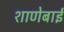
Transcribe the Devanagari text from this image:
शाणेबाई